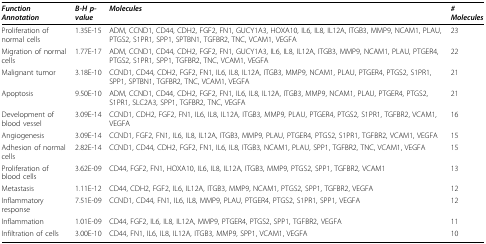
<table><thead><tr><td><b><i>Function Annotation</i></b></td><td><b><i>B-H p-value</i></b></td><td><b><i>Molecules</i></b></td><td><b><i># Molecules</i></b></td></tr></thead><tbody><tr><td>Proliferation of normal cells</td><td>1.35E-15</td><td>ADM, CCND1, CD44, CDH2, FGF2, FN1, GUCY1A3, HOXA10, IL6, IL8, IL12A, ITGB3, MMP9, NCAM1, PLAU, PTGS2, S1PR1, SPP1, SPTBN1, TGFBR2, TNC, VCAM1, VEGFA</td><td>23</td></tr><tr><td>Migration of normal cells</td><td>1.77E-17</td><td>ADM, CCND1, CD44, CDH2, FGF2, FN1, GUCY1A3, IL6, IL8, IL12A, ITGB3, MMP9, NCAM1, PLAU, PTGER4, PTGS2, S1PR1, SPP1, TGFBR2, TNC, VCAM1, VEGFA</td><td>22</td></tr><tr><td>Malignant tumor</td><td>3.18E-10</td><td>CCND1, CD44, CDH2, FGF2, FN1, IL6, IL8, IL12A, ITGB3, MMP9, NCAM1, PLAU, PTGER4, PTGS2, S1PR1, SPP1, SPTBN1, TGFBR2, TNC, VCAM1, VEGFA</td><td>21</td></tr><tr><td>Apoptosis</td><td>9.50E-10</td><td>ADM, CCND1, CD44, CDH2, FGF2, FN1, IL6, IL8, IL12A, ITGB3, MMP9, NCAM1, PLAU, PTGER4, PTGS2, S1PR1, SLC2A3, SPP1, TGFBR2, TNC, VEGFA</td><td>21</td></tr><tr><td>Development of blood vessel</td><td>3.09E-14</td><td>CCND1, CDH2, FGF2, FN1, IL6, IL8, IL12A, ITGB3, MMP9, PLAU, PTGER4, PTGS2, S1PR1, TGFBR2, VCAM1, VEGFA</td><td>16</td></tr><tr><td>Angiogenesis</td><td>3.09E-14</td><td>CCND1, FGF2, FN1, IL6, IL8, IL12A, ITGB3, MMP9, PLAU, PTGER4, PTGS2, S1PR1, TGFBR2, VCAM1, VEGFA</td><td>15</td></tr><tr><td>Adhesion of normal cells</td><td>2.82E-14</td><td>CCND1, CD44, CDH2, FGF2, FN1, IL6, IL8, ITGB3, NCAM1, PLAU, SPP1, TGFBR2, TNC, VCAM1, VEGFA</td><td>15</td></tr><tr><td>Proliferation of blood cells</td><td>3.62E-09</td><td>CD44, FGF2, FN1, HOXA10, IL6, IL8, IL12A, ITGB3, MMP9, PTGS2, SPP1, TGFBR2, VCAM1</td><td>13</td></tr><tr><td>Metastasis</td><td>1.11E-12</td><td>CD44, CDH2, FGF2, IL6, IL12A, ITGB3, MMP9, NCAM1, PTGS2, SPP1, TGFBR2, VEGFA</td><td>12</td></tr><tr><td>Inflammatory response</td><td>7.51E-09</td><td>CCND1, CD44, FN1, IL6, IL8, MMP9, PLAU, PTGER4, PTGS2, S1PR1, SPP1, VEGFA</td><td>12</td></tr><tr><td>Inflammation</td><td>1.01E-09</td><td>CD44, FGF2, IL6, IL8, IL12A, MMP9, PTGER4, PTGS2, SPP1, TGFBR2, VEGFA</td><td>11</td></tr><tr><td>Infiltration of cells</td><td>3.00E-10</td><td>CD44, FN1, IL6, IL8, IL12A, ITGB3, MMP9, SPP1, VCAM1, VEGFA</td><td>10</td></tr></tbody></table>